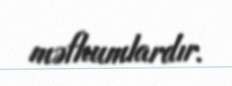
məfhumlardır.